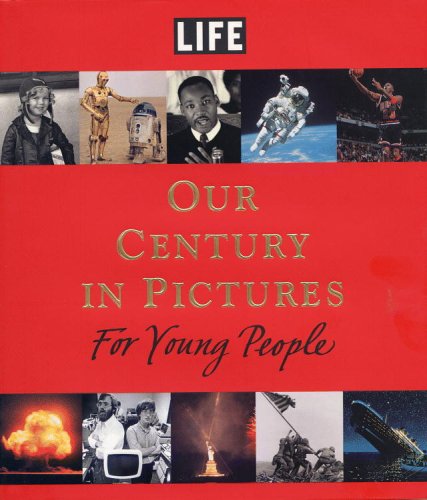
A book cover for LIFE: Our Century in Pictures for Young People; Richard B. Stolley; Teen & Young Adult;